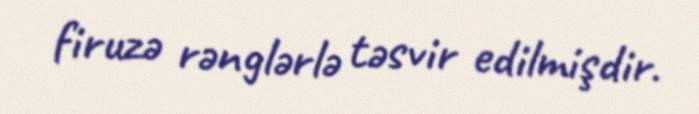
firuzə rənglərlə təsvir edilmişdir.